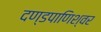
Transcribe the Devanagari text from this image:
दण्‍डपाणिश्‍वर